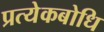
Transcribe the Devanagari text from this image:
प्रत्येकबोधि